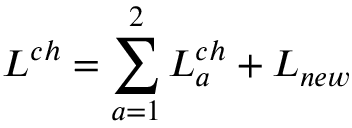
{ \cal { L } } ^ { c h } = \sum _ { a = 1 } ^ { 2 } { \cal { L } } _ { a } ^ { c h } + { \cal { L } } _ { n e w }